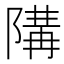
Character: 𱀪